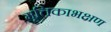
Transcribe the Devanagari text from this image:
मृत्तिकाभक्षण